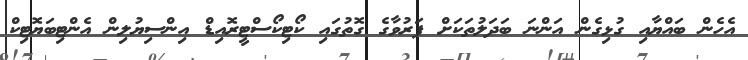
އެހެން ބައްޔާއި ގުޅިގެން އަންނަ ބަދަލުތަކަށް ފަރުވާގެ ގޮތުގައި ކޯޓިކޯސްޓީރޮއިޑް އިންސިޔުލިން އެންޓިބަޔޮޓިކް